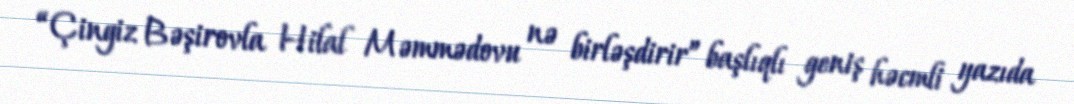
“Çingiz Bəşirovla Hilal Məmmədovu nə birləşdirir” başlıqlı geniş həcmli yazıda